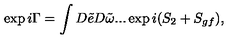
\exp i \Gamma = \int D \tilde { e } D \tilde { \omega } . . . \exp i ( S _ { 2 } + S _ { g f } ) ,